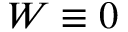
W \equiv 0